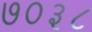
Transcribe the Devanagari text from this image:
७०३८